Scientific memoirs by medical officers of the Army of India - Part XI,
Year: 1898
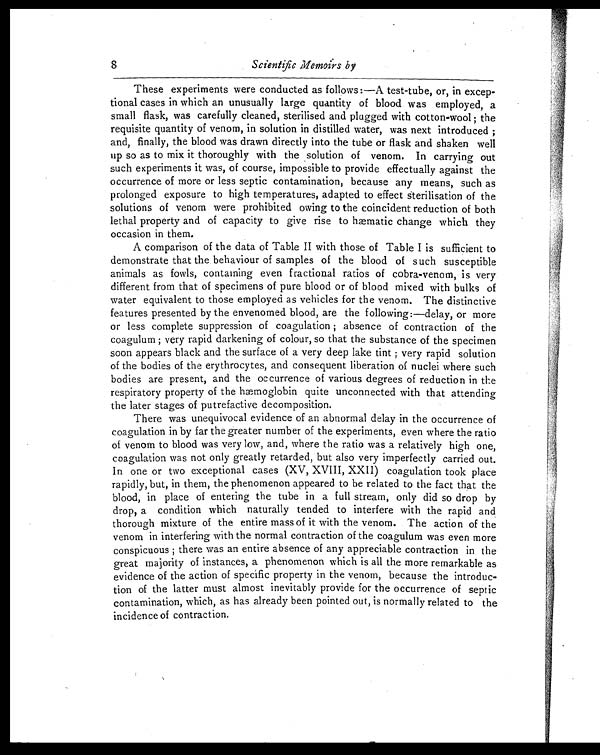
8
Scientific Memoirs by
These experiments were conducted as follows :—A test-tube, or, in excep-
tional cases in which an unusually large quantity of blood was employed, a
small flask, was carefully cleaned, sterilised and plugged with cotton-wool ; the
requisite quantity of venom, in solution in distilled water, was next introduced ;
and, finally, the blood was drawn directly into the tube or flask and shaken well
up so as to mix it thoroughly with the solution of venom. In carrying out
such experiments it was, of course, impossible to provide effectually against the
occurrence of more or less septic contamination, because any means, such as
prolonged exposure to high temperatures, adapted to effect sterilisation of the
solutions of venom were prohibited owing to the coincident reduction of both
lethal property and of capacity to give rise to hæmatic change which they
occasion in them.
A comparison of the data of Table II with those of Table I is sufficient to
demonstrate that the behaviour of samples of the blood of such susceptible
animals as fowls, containing even fractional ratios of cobra-venom, is very.
different from that of specimens of pure blood or of blood mixed with bulks of
water equivalent to those employed as vehicles for the venom. The distinctive
features presented by the envenomed blood, are the following:—delay, or more
or less complete suppression of coagulation ; absence of contraction of the
coagulum ; very rapid darkening of colour, so that the substance of the specimen
soon appears black and the surface of a very deep lake tint ; very rapid solution
of the bodies of the erythrocytes, and consequent liberation of nuclei where such
bodies are present, and the occurrence of various degrees of reduction in the
respiratory property of the hæmoglobin quite unconnected with that attending
the later stages of putrefactive decomposition.
There was unequivocal evidence of an abnormal delay in the occurrence of
coagulation in by far the greater number of the experiments, even where the ratio
of venom to blood was very low, and, where the ratio was a relatively high one,
coagulation was not only greatly retarded, but also very imperfectly carried out.
In one or two exceptional cases (XV, XVIII, XXII) coagulation took place
rapidly, but, in them, the phenomenon appeared to he related to the fact that the
blood, in place of entering the tube in a full stream, only did so drop by
drop, a condition which naturally tended to interfere with the rapid and
thorough mixture of the entire mass of it with the venom. The action of the
venom in interfering with the normal contraction of the coagulum was even more
conspicuous ; there was an entire absence of any appreciable contraction in the
great majority of instances, a phenomenon which is all the more remarkable as
evidence of the action of specific property in the venom, because the introduc-
tion of the latter must almost inevitably provide for the occurrence of septic
contamination, which, as has already been pointed out, is normally related to the
incidence of contraction.